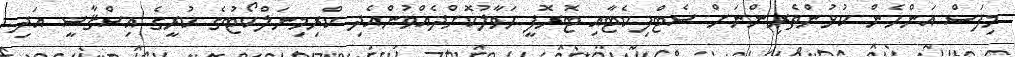
މިފަސް އަންހެން ކުޅުންތެރިންނަށް ސެޓްފިކެޓާއި ޓޮރޮފީ ޙަވާލުކޮށްދެއްވުންއެދި ކްރިމިނަލްކޯޓުގެ ކުރީގެ އިސްޤާޟީ އަދި